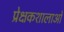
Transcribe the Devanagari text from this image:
प्रेक्षकशालाओं